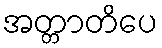
အတ္တာတိပေ